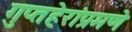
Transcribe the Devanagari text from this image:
गुप्तहेरांप्रमणे